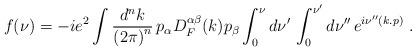
LaTeX: \begin{align*}f(\nu)=-ie^2 \int \frac{d^nk}{{(2\pi)}^n}\,p_{\alpha}D_{F}^{\alpha \beta}(k)p_{\beta}\int_0^{\nu} d\nu '\, \int_0^{\nu '} d\nu ''\, e^{i\nu ''(k.p)} \,\,.\end{align*}